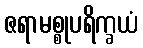
ဇရာမစ္စုပရိက္ခယံ